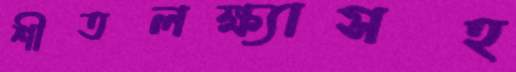
শীতলক্ষ্যাসহ